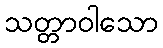
သတ္တာဝါသော